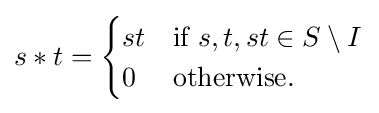
s*t={\begin{cases}st&{\text{if }}s,t,st\in S\setminus I\\0&{\text{otherwise}}.\end{cases}}